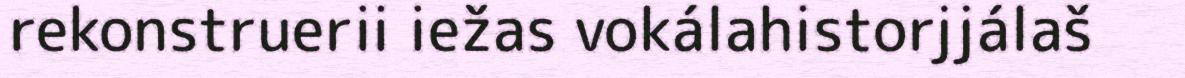
rekonstruerii iežas vokálahistorjjálaš